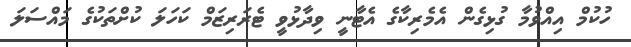
ހުކުމް އިއްވުމާ ގުޅިގެން އެމެރިކާގެ އެޓާނީ ވިދާޅުވީ ޓެރަރިޒަމް ކަހަލަ ކުށްތަކުގެ މައްސަލަ